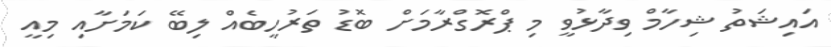
އައިޝަތު ޝިހާމް ވިދާޅުވީ މި ޕްރޮގްރާމަށް ބޮޑު ތަރުހީބެއް ލިބޭ ކަމަށާއި މިއީ